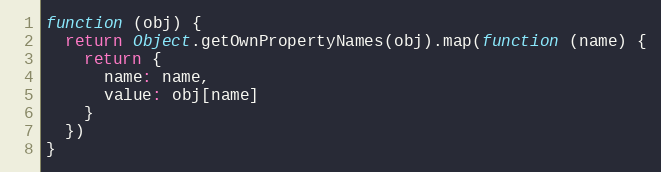
Language: JavaScript
function (obj) {
  return Object.getOwnPropertyNames(obj).map(function (name) {
    return {
      name: name,
      value: obj[name]
    }
  })
}